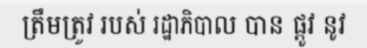
ត្រឹមត្រូវ របស់ រដ្ឋាភិបាល បាន ផ្តូវ នូវ